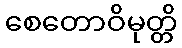
စေတောဝိမုတ္တိ